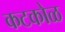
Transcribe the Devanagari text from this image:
कटकोळ